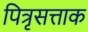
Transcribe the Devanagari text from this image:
पित्रृसत्ताक